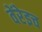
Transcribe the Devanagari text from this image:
वेंरेइच